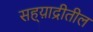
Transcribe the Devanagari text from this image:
सह्य़ाद्रीतील